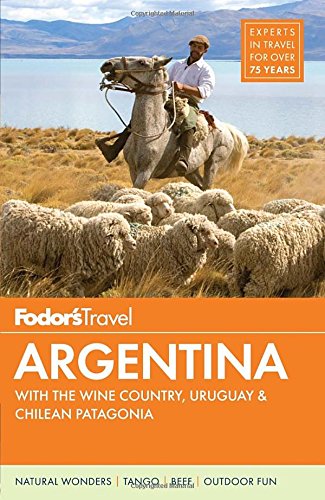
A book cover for Fodor's Argentina: with the Wine Country, Uruguay & Chilean Patagonia (Full-color Travel Guide); Fodor's; Travel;